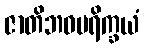
ဇာတိဘဝပရိက္ခယံ